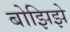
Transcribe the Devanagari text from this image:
बोझिझे